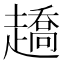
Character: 趫